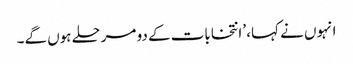
انہوں نے کہا، ’انتخابات کے دو مرحلے ہوں گے۔